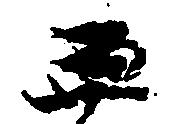
過